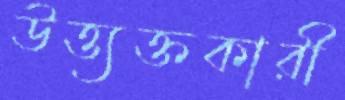
উত্ত্যক্তকারী